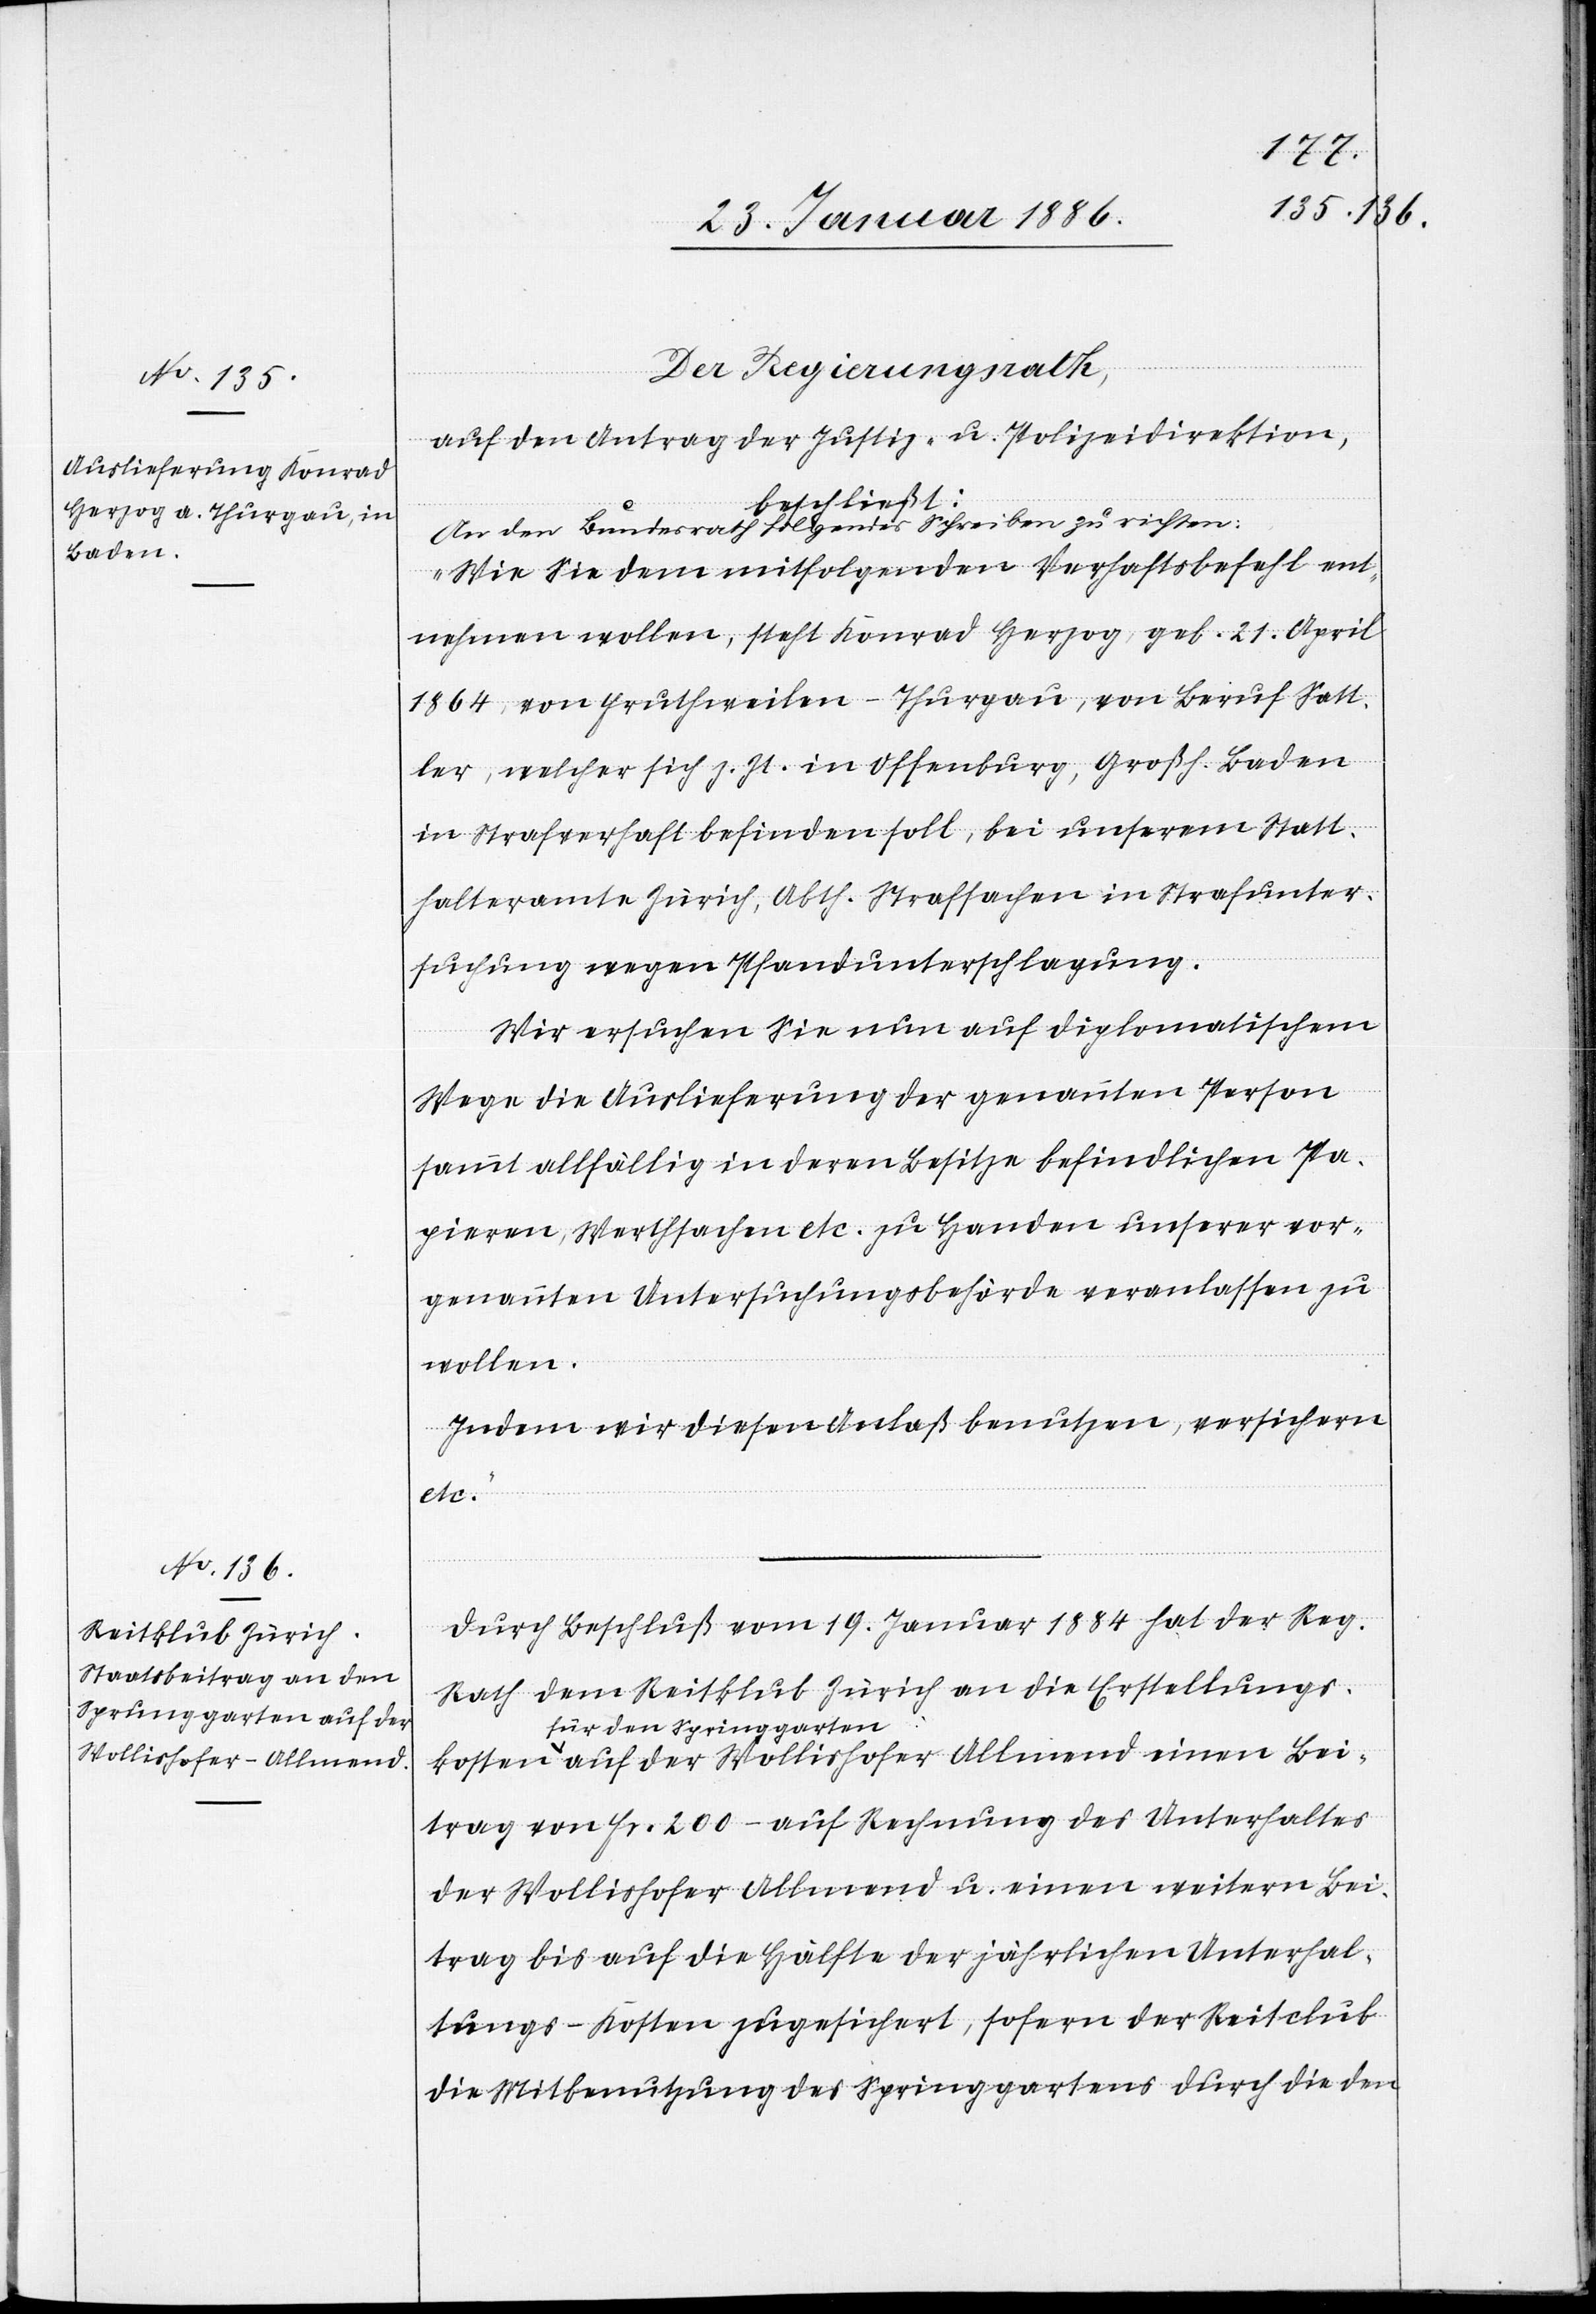
Springgarten-a auf der
Wollishofer Allmend

Bei¬
Der Regierungsrath,
auf den Antrag der Justiz- u. Polizeidirektion,
einen
beschließt:
An den Bundesrath folgendes Schreiben zu richten:
„Wie Sie dem mitfolgenden Verhaftsbefehl ent¬
nehmen wollen, steht Konrad Herzog, geb. 21. April
1864, von Fruthweilen - Thurgau, von Beruf Satt¬
ler, welcher sich z. Zt. in Offenburg, Großh. Baden
in Strafverhaft befinden soll, bei unserem Statt¬
halteramte Zürich, Abth. Strafsachen in Strafunter¬
suchung wegen Pfandunterschlagung.
Wir ersuchen Sie nun auf diplomatischem
Wege die Auslieferung der genannten Person
sammt allfällig in deren Besitze befindliche Pa¬
pieren, Werthsachen etc. zu Handen unserer vor¬
genannten Untersuchungsbehörde veranlassen zu
wollen.
Indem wir diesen Anlaß benutzen, versichern
etc.“
Durch Beschluß vom 19. Januar 1884 hat der Reg.
Rath dem Reitklub Zürich an die Erstellungs¬
trag von Fr. 200.– auf Rechnung des Unterhaltes
der Wollishofer Allmend u. einen weitern Bei¬
trag bis auf die Hälfte der jährlichen Unterhal¬
tungs-Kosten zugesichert, sofern der Reitclub
die Mitbenutzung des Springgartens durch die den